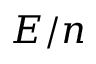
E / n